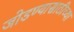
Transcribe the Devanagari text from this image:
जोडण्यासाठीच्या